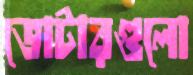
ভোটারগুলো